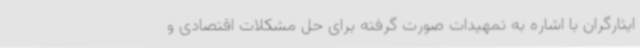
ایثارگران با اشاره به تمهیدات صورت گرفته برای حل مشکلات اقتصادی و